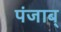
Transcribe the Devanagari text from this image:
पंजाब्